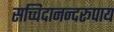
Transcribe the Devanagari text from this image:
सच्चिदानन्दरूपाय